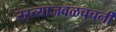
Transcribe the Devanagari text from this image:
रस्त्याजवळचचर्नी